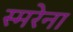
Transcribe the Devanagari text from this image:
स्मरेना